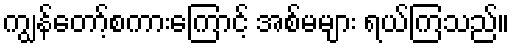
ကျွန်တော့်စကားကြောင့် အစ်မများ ရယ်ကြသည်။